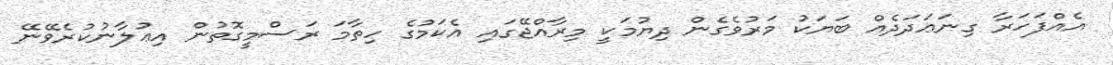
އެއްފަހަރާ ގިނަޢަދަދެއް ބަޔަކު މަރުވެގެން ދިޔުމަކީ މިރާއްޖޭގައި އެކަމުގެ ހިތާމަ ރަސްމީގޮތުން އިޢުލާނުކުރެވޭނޭ